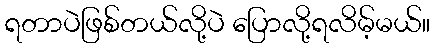
ရတာပဲဖြစ်တယ်လို့ပဲ ပြောလို့ရလိမ့်မယ်။